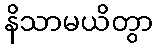
နိသာမယိတွာ